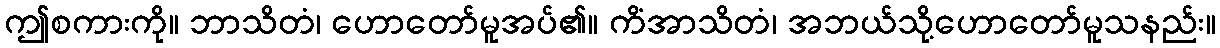
ဤစကားကို။ ဘာသိတံ၊ ဟောတော်မူအပ်၏။ ကိံအာသိတံ၊ အဘယ်သို့ဟောတော်မူသနည်း။